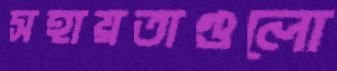
সহায়তাগুলো